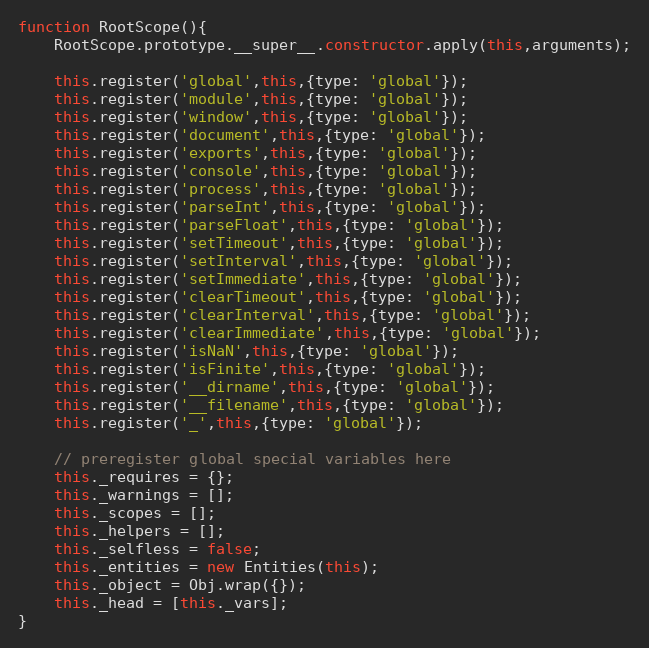
Language: JavaScript
function RootScope(){
	RootScope.prototype.__super__.constructor.apply(this,arguments);

	this.register('global',this,{type: 'global'});
	this.register('module',this,{type: 'global'});
	this.register('window',this,{type: 'global'});
	this.register('document',this,{type: 'global'});
	this.register('exports',this,{type: 'global'});
	this.register('console',this,{type: 'global'});
	this.register('process',this,{type: 'global'});
	this.register('parseInt',this,{type: 'global'});
	this.register('parseFloat',this,{type: 'global'});
	this.register('setTimeout',this,{type: 'global'});
	this.register('setInterval',this,{type: 'global'});
	this.register('setImmediate',this,{type: 'global'});
	this.register('clearTimeout',this,{type: 'global'});
	this.register('clearInterval',this,{type: 'global'});
	this.register('clearImmediate',this,{type: 'global'});
	this.register('isNaN',this,{type: 'global'});
	this.register('isFinite',this,{type: 'global'});
	this.register('__dirname',this,{type: 'global'});
	this.register('__filename',this,{type: 'global'});
	this.register('_',this,{type: 'global'});

	// preregister global special variables here
	this._requires = {};
	this._warnings = [];
	this._scopes = [];
	this._helpers = [];
	this._selfless = false;
	this._entities = new Entities(this);
	this._object = Obj.wrap({});
	this._head = [this._vars];
}